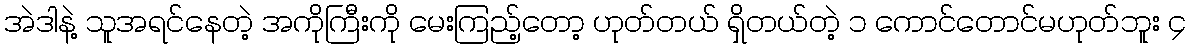
အဲဒါနဲ့ သူအရင်နေတဲ့ အကိုကြီးကို မေးကြည့်တော့ ဟုတ်တယ် ရှိတယ်တဲ့ ၁ ကောင်တောင်မဟုတ်ဘူး ၄